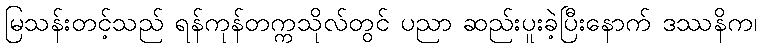
မြသန်းတင့်သည် ရန်ကုန်တက္ကသိုလ်တွင် ပညာ ဆည်းပူးခဲ့ပြီးနောက် ဒဿနိက၊